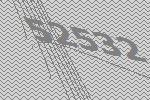
52532